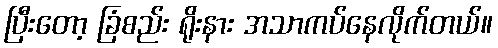
ပြီးတော့ ခြံစည်း ရိုးနား အသာကပ်နေလိုက်တယ်။